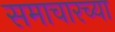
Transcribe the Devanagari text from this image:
समाचारच्या